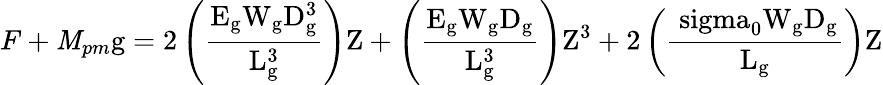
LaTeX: {F+\mathit{M}_{pm}\mathrm{{g=2\left({\frac{{{E_{\mathrm{{g}}}W_{\mathrm{{g}}}D_{\mathrm{{g}}}^{3}}}}{{{L_{\mathrm{{g}}}^{3}}}}}\right)Z+\left({\frac{{{E_{\mathrm{{g}}}W_{\mathrm{{g}}}D_{\mathrm{{g}}}}}}{{{L_{\mathrm{{g}}}^{3}}}}}\right){Z^{3}}+2\left({\frac{{{{\ sigma_{0}}W_{\mathrm{{g}}}D_{\mathrm{{g}}}}}}{{{L_{\mathrm{{g}}}}}}}\right)Z}}}